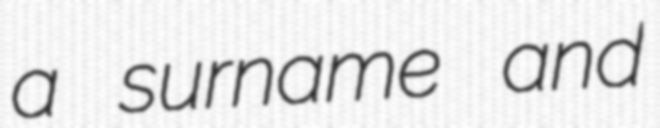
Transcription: a surname and